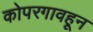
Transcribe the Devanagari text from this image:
कोपरगावहून